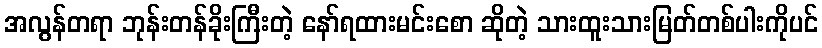
အလွန်တရာ ဘုန်းတန်ခိုးကြီးတဲ့ နော်ရထားမင်းစော ဆိုတဲ့ သားထူးသားမြတ်တစ်ပါးကိုပင်